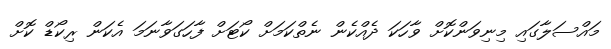
މައްސަލާގައި މިނިވަންކޮށް ވާހަކަ ދެއްކެން ނެތްކަމަށް ކޯޓަށް ފާހަގަވާނަމަ އެކަން ރިކޯޑް ކޮށް